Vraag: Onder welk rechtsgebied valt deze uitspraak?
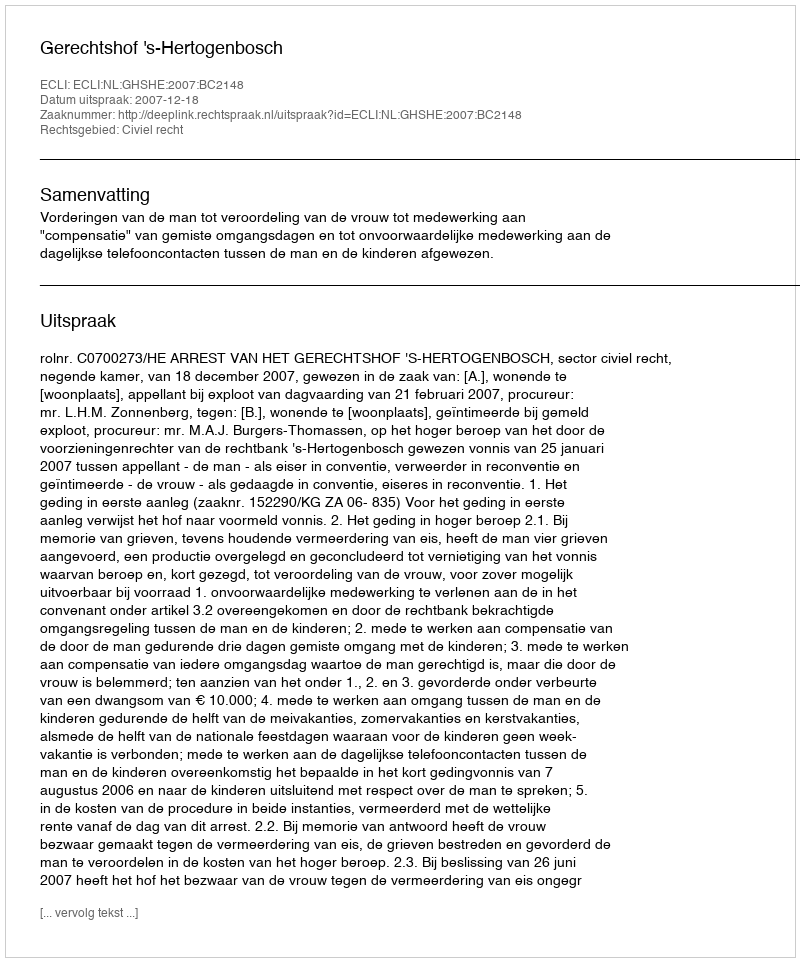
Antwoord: Civiel recht